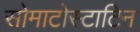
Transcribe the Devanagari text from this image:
सोमाटोस्टाटिन